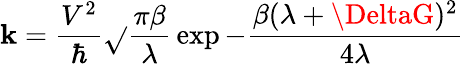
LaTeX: \mathbf{k}=\frac{{V^{2}}}{{\hbar}}\sqrt{}{{\frac{{\pi\beta}}{{\lambda}}}}\exp{-\frac{{\beta(\lambda+\DeltaG)^{2}}}{{4\lambda}}}